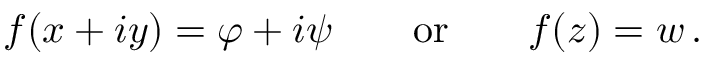
f ( x + i y ) = \varphi + i \psi \qquad { \mathrm { o r } } \qquad f ( z ) = w \, .